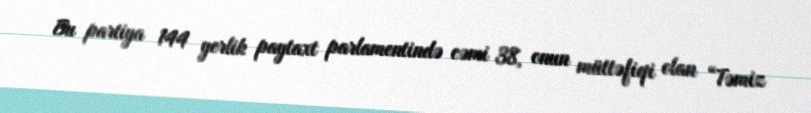
Bu partiya 144 yerlik paytaxt parlamentində cəmi 38, onun müttəfiqi olan “Təmiz